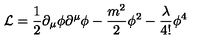
{ \cal L } = \frac { 1 } { 2 } \partial _ { \mu } \phi \partial ^ { \mu } \phi - \frac { m ^ { 2 } } { 2 } \phi ^ { 2 } - \frac { \lambda } { 4 ! } \phi ^ { 4 }